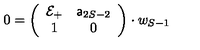
0 = \left( \begin{array} { c c } { { \cal E } _ { + } } & { { \sf a } _ { 2 S - 2 } } \\ { 1 } & { 0 } \\ \end{array} \right) \cdot w _ { S - 1 }